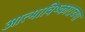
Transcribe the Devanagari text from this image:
आत्माविष्काराच्या